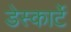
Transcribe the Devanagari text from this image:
डेस्कार्टे